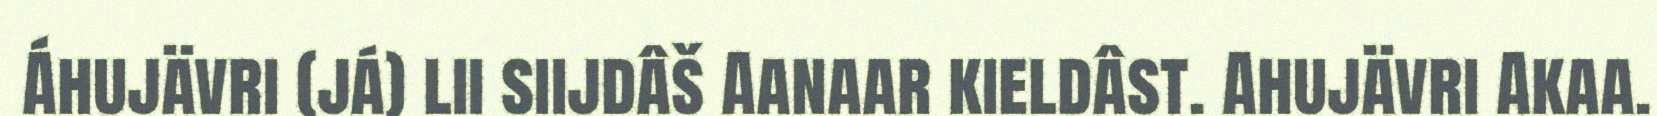
Áhujävri (já) lii siijdâš Aanaar kieldâst. Ahujävri Akaa.